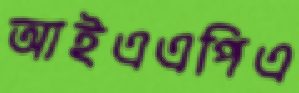
আইএএপিএ